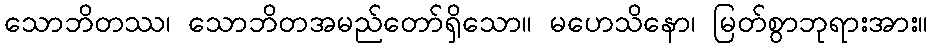
သောဘိတဿ၊ သောဘိတအမည်တော်ရှိသော။ မဟေသိနော၊ မြတ်စွာဘုရားအား။